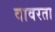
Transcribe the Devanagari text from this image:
वावरता